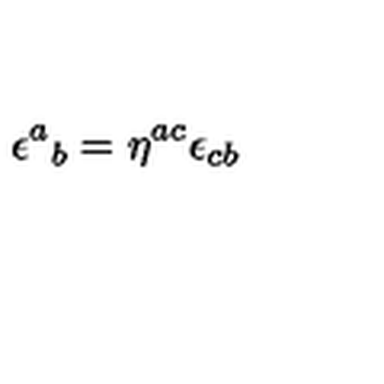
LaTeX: \epsilon ^ { a } { } _ { b } = \eta ^ { a c } \epsilon _ { c b }